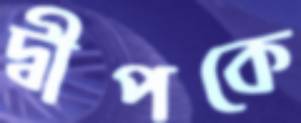
দ্বীপকে